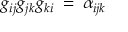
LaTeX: g _ { i j } g _ { j k } g _ { k i } \: = \: \alpha _ { i j k }